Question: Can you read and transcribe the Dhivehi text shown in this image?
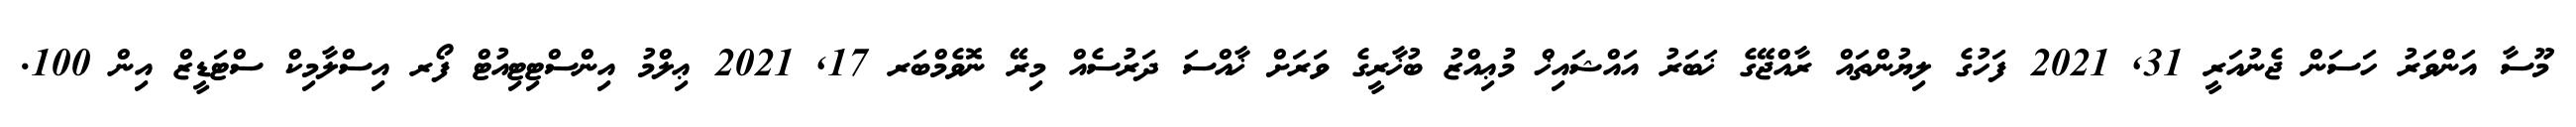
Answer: މޫސާ އަންވަރު ހަސަން ޖެނުއަރީ 31, 2021 ފަހުގެ ލިޔުންތައް ރާއްޖޭގެ ޚަބަރު އައްޝައިޚް މުޢިއްޒު ބުޚާރީގެ ވަރަށް ޚާއްސަ ދަރުސެއް މިރޭ ނޮވެމްބަރ 17, 2021 ޢިލްމު އިންސްޓިޓިއުޓް ފޯރ އިސްލާމިކް ސްޓަޑީޒް އިން 100.